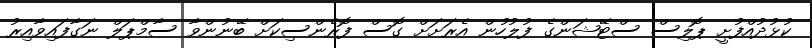
ކުޅުދުއްފުށީ ޕޮލިސް ސްޓޭޝަންގެ ފުލުހުން އެރަށަށް ގޮސް ފޮރެންސިކަށް ބޭނުންވާ ސާމްޕަލް ނަގާފައިވާއިރު